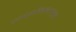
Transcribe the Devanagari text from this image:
तत्त्वमस्यादिवाक्यानामुपदेष्टा